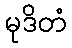
မုဒိတံ